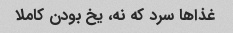
غذاها سرد که نه، یخ بودن کاملا